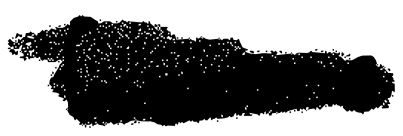
Text: feature
Cross-out: scratch
Writing tool: digital_black